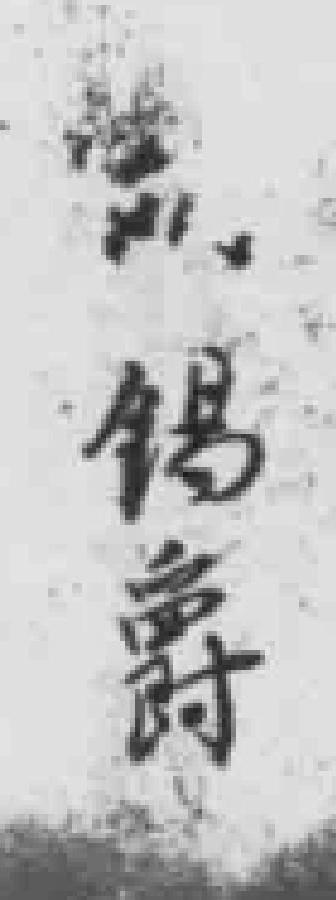
*锡爵